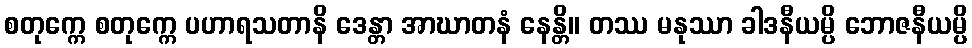
စတုက္ကေ စတုက္ကေ ပဟာရသတာနိ ဒေန္တာ အာဃာတနံ နေန္တိ။ တဿ မနုဿာ ခါဒနီယမ္ပိ ဘောဇနီယမ္ပိ